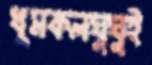
ধূমকলঘুঘুই